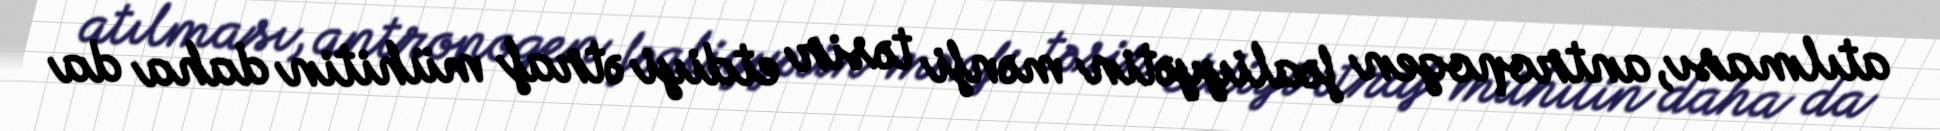
atılması, antropogen fəaliyyətin mənfi təsir etdiyi ətraf mühitin daha da